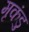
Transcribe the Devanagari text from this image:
मृकंडु